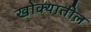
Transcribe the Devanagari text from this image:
खोक्यातील